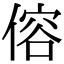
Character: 傛